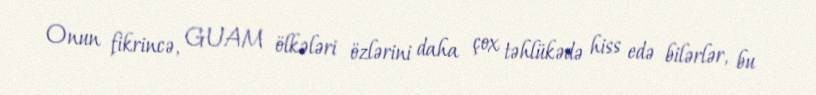
Onun fikrincə, GUAM ölkələri özlərini daha çox təhlükədə hiss edə bilərlər, bu